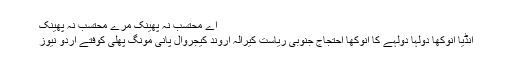
اے محتسب نہ پھینک مرے محتسب نہ پھینک
انڈیا انوکھا دولہا دولہے کا انوکھا احتجاج جنوبی ریاست کیرالہ اروند کیجروال پانی مونگ پھلی کوفتے اردو نیوز